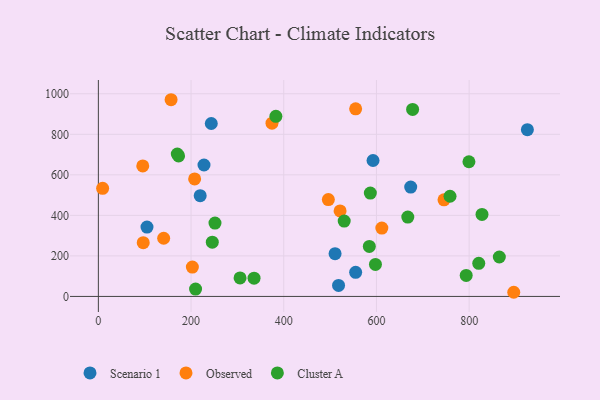
{"axis": {"x": "Speed", "y": "Fuel Efficiency"}, "legend": ["Cluster A", "Observed", "Scenario 1"], "data": [{"x": "510.7", "y": 210.9, "type": "Scenario 1"}, {"x": "592.6", "y": 670.8, "type": "Scenario 1"}, {"x": "219.7", "y": 497.1, "type": "Scenario 1"}, {"x": "104.9", "y": 342.2, "type": "Scenario 1"}, {"x": "673.9", "y": 539.6, "type": "Scenario 1"}, {"x": "518.2", "y": 54.3, "type": "Scenario 1"}, {"x": "555.1", "y": 119.0, "type": "Scenario 1"}, {"x": "925.6", "y": 823.1, "type": "Scenario 1"}, {"x": "227.9", "y": 648.7, "type": "Scenario 1"}, {"x": "243.6", "y": 853.3, "type": "Scenario 1"}, {"x": "611.6", "y": 337.3, "type": "Observed"}, {"x": "140.9", "y": 287.2, "type": "Observed"}, {"x": "521.5", "y": 422.0, "type": "Observed"}, {"x": "202.8", "y": 144.9, "type": "Observed"}, {"x": "496.2", "y": 478.2, "type": "Observed"}, {"x": "9.2", "y": 533.6, "type": "Observed"}, {"x": "896.2", "y": 20.5, "type": "Observed"}, {"x": "96.8", "y": 265.4, "type": "Observed"}, {"x": "207.7", "y": 580.1, "type": "Observed"}, {"x": "555.1", "y": 925.8, "type": "Observed"}, {"x": "95.8", "y": 644.1, "type": "Observed"}, {"x": "374.6", "y": 855.1, "type": "Observed"}, {"x": "156.9", "y": 970.7, "type": "Observed"}, {"x": "745.7", "y": 476.9, "type": "Observed"}, {"x": "383.0", "y": 888.9, "type": "Cluster A"}, {"x": "584.6", "y": 246.9, "type": "Cluster A"}, {"x": "245.8", "y": 267.5, "type": "Cluster A"}, {"x": "586.8", "y": 509.9, "type": "Cluster A"}, {"x": "173.1", "y": 693.6, "type": "Cluster A"}, {"x": "678.0", "y": 922.8, "type": "Cluster A"}, {"x": "865.1", "y": 194.5, "type": "Cluster A"}, {"x": "209.7", "y": 36.3, "type": "Cluster A"}, {"x": "799.5", "y": 664.6, "type": "Cluster A"}, {"x": "251.6", "y": 362.2, "type": "Cluster A"}, {"x": "597.8", "y": 158.1, "type": "Cluster A"}, {"x": "170.3", "y": 702.8, "type": "Cluster A"}, {"x": "667.6", "y": 391.7, "type": "Cluster A"}, {"x": "793.6", "y": 103.6, "type": "Cluster A"}, {"x": "827.7", "y": 404.7, "type": "Cluster A"}, {"x": "335.9", "y": 90.1, "type": "Cluster A"}, {"x": "530.4", "y": 371.9, "type": "Cluster A"}, {"x": "820.7", "y": 163.2, "type": "Cluster A"}, {"x": "758.7", "y": 494.4, "type": "Cluster A"}, {"x": "305.7", "y": 91.4, "type": "Cluster A"}]}